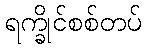
ရက္ခိုင်စစ်တပ်